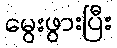
မွေးဖွားပြီး